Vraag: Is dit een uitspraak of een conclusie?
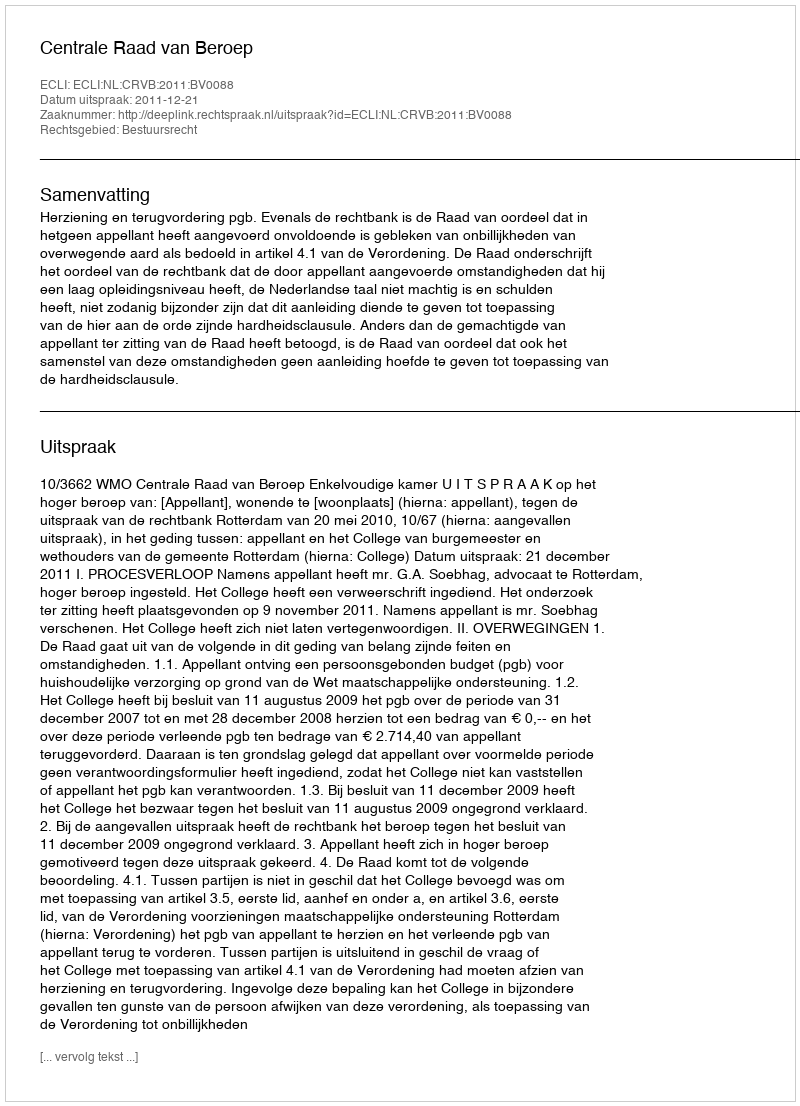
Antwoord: Uitspraak